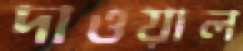
দাওয়াল